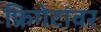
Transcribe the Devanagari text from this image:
फ्रिगेटांवर